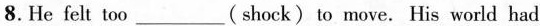
8.He felt too___( shock)to move. His world had